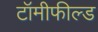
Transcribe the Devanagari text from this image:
टॉमीफील्ड